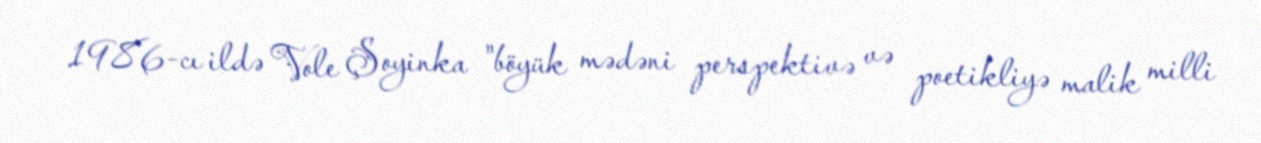
1986-cı ildə Vole Şoyinka "böyük mədəni perspektivə və poetikliyə malik milli